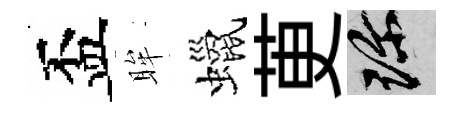
盃眸蠟茰珍